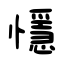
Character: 懚